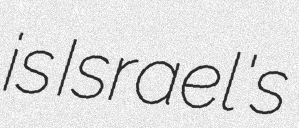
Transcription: is Israel's